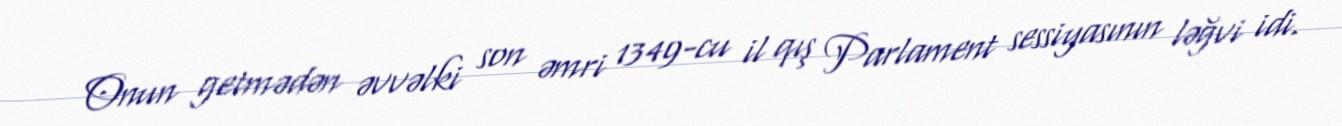
Onun getmədən əvvəlki son əmri 1349-cu il qış Parlament sessiyasının ləğvi idi.